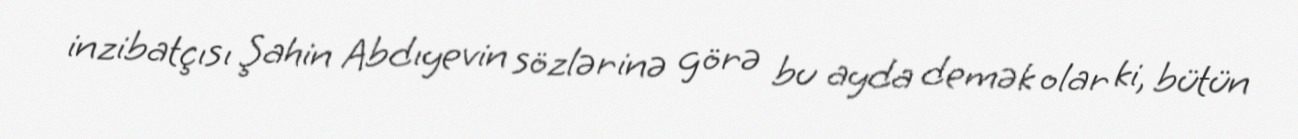
inzibatçısı Şahin Abdıyevin sözlərinə görə bu ayda demək olar ki, bütün